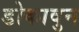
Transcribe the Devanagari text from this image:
डोकावुन